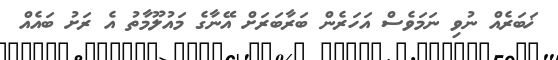
ޚަބަރެއް ނުވި ނަމަވެސް އަހަރެން ބަރާބަރަށް އޭނާގެ މައުލޫމާތު އެ ރަށު ބައެއް